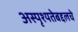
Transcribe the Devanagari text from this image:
अस्पृश्यतेबद्दलचे